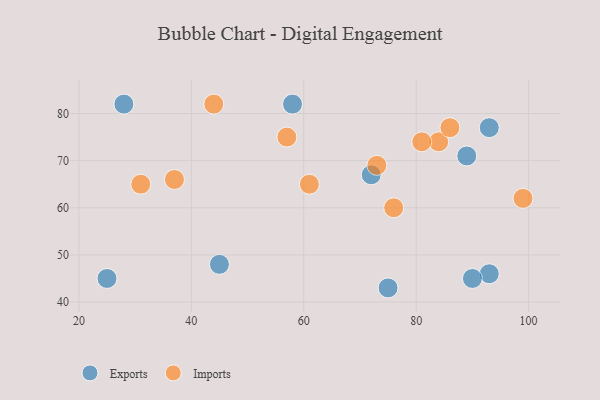
{"axis": {"x": "GDP", "y": "Life Expectancy"}, "legend": ["Exports", "Imports"], "data": [{"x": "89", "y": 71, "type": "Exports"}, {"x": "25", "y": 45, "type": "Exports"}, {"x": "58", "y": 82, "type": "Exports"}, {"x": "93", "y": 77, "type": "Exports"}, {"x": "93", "y": 46, "type": "Exports"}, {"x": "72", "y": 67, "type": "Exports"}, {"x": "75", "y": 43, "type": "Exports"}, {"x": "90", "y": 45, "type": "Exports"}, {"x": "28", "y": 82, "type": "Exports"}, {"x": "45", "y": 48, "type": "Exports"}, {"x": "57", "y": 75, "type": "Imports"}, {"x": "76", "y": 60, "type": "Imports"}, {"x": "84", "y": 74, "type": "Imports"}, {"x": "31", "y": 65, "type": "Imports"}, {"x": "73", "y": 69, "type": "Imports"}, {"x": "81", "y": 74, "type": "Imports"}, {"x": "99", "y": 62, "type": "Imports"}, {"x": "44", "y": 82, "type": "Imports"}, {"x": "61", "y": 65, "type": "Imports"}, {"x": "37", "y": 66, "type": "Imports"}, {"x": "86", "y": 77, "type": "Imports"}]}